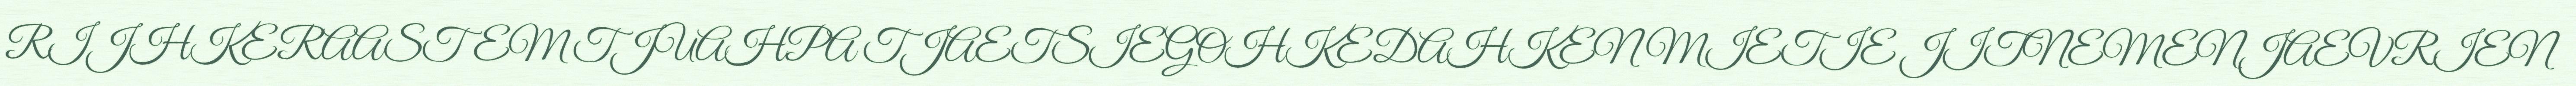
RIJHKERAASTEM TJUAHPA TJAETSIEGOHKEDAHKEN MIETIE JITNEMENJAEVRIEN